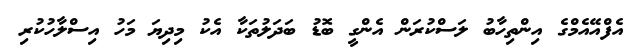
އެފްއޭއެމްގެ އިންތިހާބު ލަސްކުރަން އެންގީ ބޮޑު ބަދަލުތަކާ އެކު މިދިޔަ މަހު އިސްލާހުކުރި